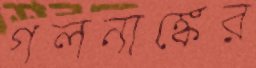
গলনাঙ্কের